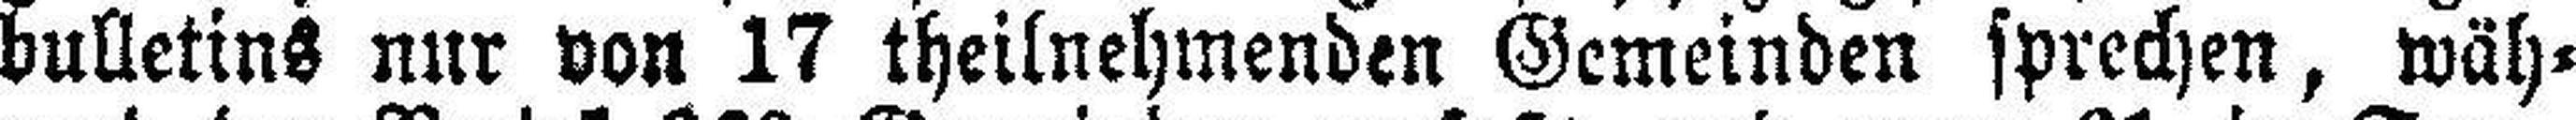
bulletins nur von 17 theilnehmenden Gemeinden sprechen, wäh¬